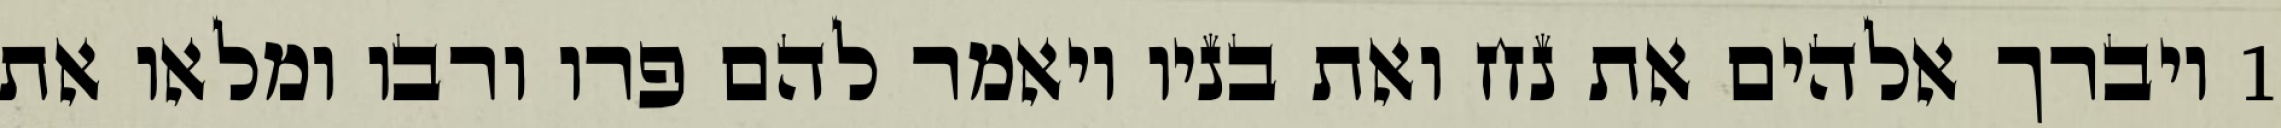
1 ויברך אלהים את נח ואת בניו ויאמר להם פרו ורבו ומלאו את